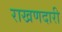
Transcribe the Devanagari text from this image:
राखणदारी